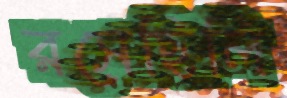
রসেছিলি